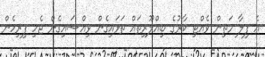
އެ ފިލާ މަތިން ވެއްޓި ކާރުގެ ބިއްލޫރިތައް ތަޅައިގެން ވިއްސައިގެން ޖެހި ފިރިހެން